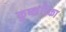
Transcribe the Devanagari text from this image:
कुष्कंडिका